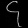
Digit: ၄